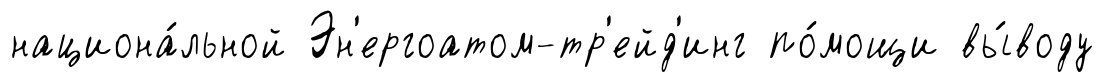
национа́льной Эн'ергоатом-тр'ейд'инг по́мощи вы́воду